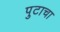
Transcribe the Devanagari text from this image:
पुटाचा